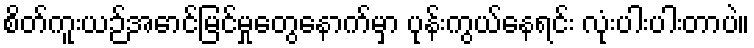
စိတ်ကူးယဉ်အောင်မြင်မှုတွေနောက်မှာ ပုန်းကွယ်နေရင်း လုံးပါးပါးတာပဲ။